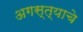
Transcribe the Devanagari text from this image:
अगस्त्याचे